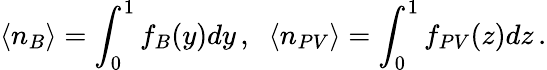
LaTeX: \langle n_{B}\rangle=\int_{0}^{1}f_{B}(y)dy\, ,\; \; \langle n_{PV}\rangle=\int_{0}^{1}f_{PV}(z)dz\, .